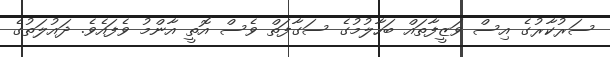
ސަރުކާރުގެ އިސް ވަޒީފާތައް ބަހާލުމުގެ ސަގާފަތް ވެސް އޮތީ އާންމު ވެފައެވެ. ދައުލަތުގެ